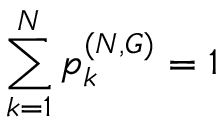
\sum _ { k = 1 } ^ { N } p _ { k } ^ { ( N , G ) } = 1